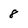
Character: 8